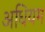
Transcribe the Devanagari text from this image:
अधियम